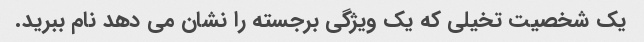
یک شخصیت تخیلی که یک ویژگی برجسته را نشان می دهد نام ببرید.